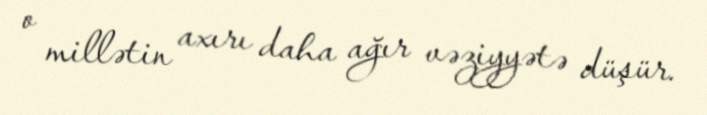
o millətin axırı daha ağır vəziyyətə düşür.